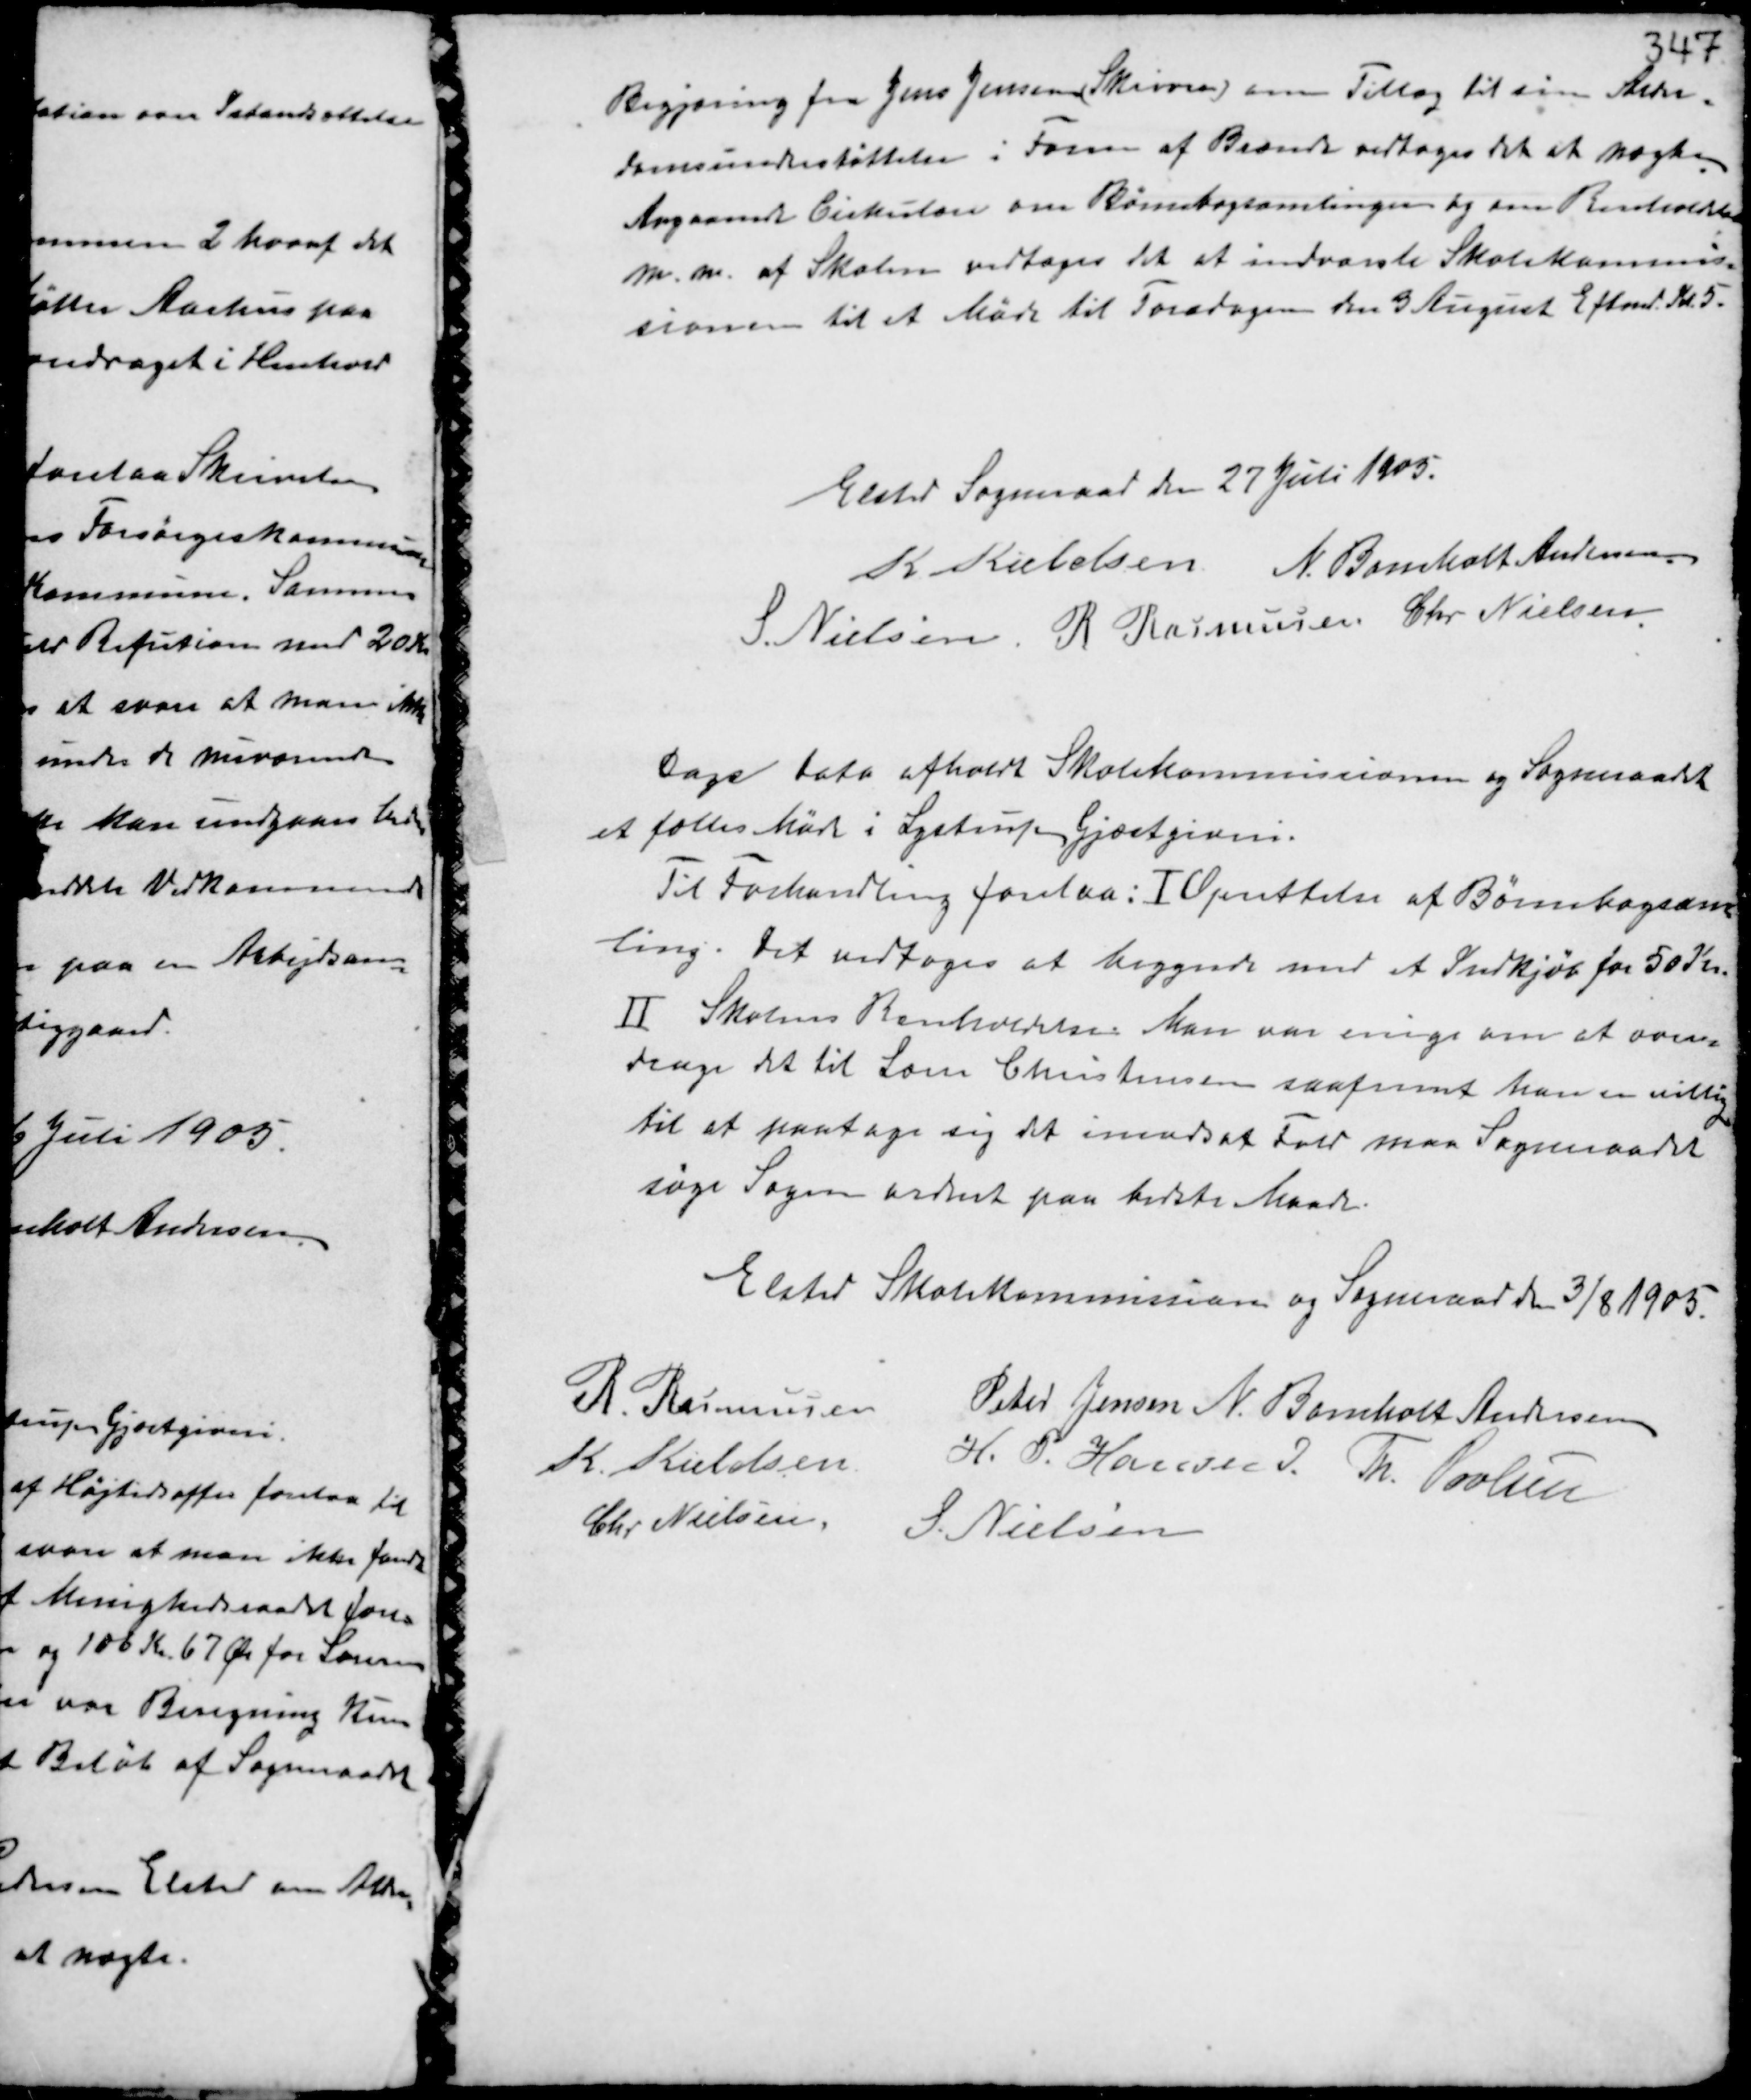
Transskription:
Begjæring fra Jens Jensen (Skriver) om Tillæg til sin Alder-
domsunderstøttelse i Form af Brænde vedtoges det at nægte.
Angaaende Cirkulære om Børnebogsamlingen og om Renholdelse
m.m. af Skolen vedtoges det at indvarsle Skolekommis-
sionen til et Møde til Torsdagen den 3 August Eftermd. Kl. 5.

Elsted Sogneraad den 27 Juli 1905.
K Kieldsen N. Bomholt Andersen
S. Nielsen R Rasmussen Chr. Nielsen

Dags Dato afholdt Skolekommissionen og Sogneraadet
et fælles Møde i Lystrup Gjæstgiveri.
Til Forhandling forelaa: I Oprettelse af Børnebogsam-
ling. Det vedtoges at begynde med et Indkjøb for 50 Kr.
II Skolens Renholdelse. Man var enige om at over-
drage det til Lærer Christensen saafremt han er villig
til at paatage sig det imodsat Fald maa Sogneraadet
søge Sagen ordnet paa bedste Maade.

Elsted Skolekommission og Sogneraad den 3/8 1905.
R. Rasmussen Peter Jensen N. Bomholt Andersen
K. Kieldsen H.P. Hansen I. Th. Povlsen
Chr Nielsen S. Nielsen